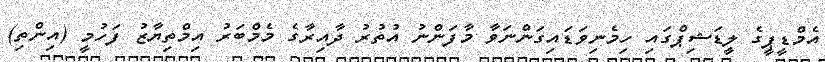
އެމްޑީޕީގެ ލީޑަޝިޕްގައި ހިމެނިވަޑައިގަންނަވާ މާފަންނު އުތުރު ދާއިރާގެ މެމްބަރު އިމްތިޔާޒު ފަހުމީ (އިންތި)